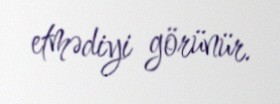
etmədiyi görünür.